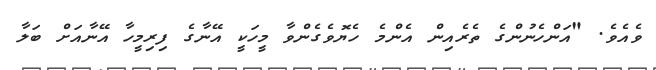
ވެއެވެ. "އަންހެނުންގެ ތެރެއިން އެންމެ ހެޔޮވެގެންވާ މީހަކީ އޭނާގެ ފިރިމީހާ އޭނާއަށް ބަލާ